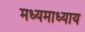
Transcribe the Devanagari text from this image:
मध्यमाध्याय